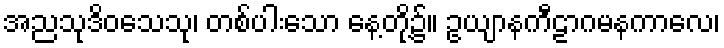
အညသုဒိဝသေသု၊ တစ်ပါးသော နေ့တို့၌။ ဥယျာနကီဠာဂမနကာလေ၊